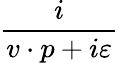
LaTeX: \frac i{v\cdot p+i\varepsilon}